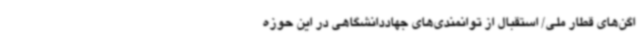
اگن‌های قطار ملی/ استقبال از توانمندی‌های جهاددانشگاهی در این حوزه